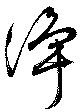
浄